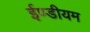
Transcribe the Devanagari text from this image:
ईण्डीयम